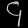
Digit: ၄